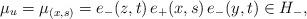
LaTeX: \begin{align*} \mu_u = \mu_{(x,s)} = e_-(z,t) \, e_+(x,s) \, e_-(y,t)\in H_- , \end{align*}